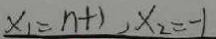
x _ { 1 } = n + 1 , x _ { 2 } = - 1